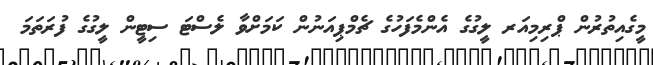
މީގެއިތުރުން ޕްރިމިއަރ ލީގުގެ އެންމެފަހުގެ ޗެމްޕިއަނުން ކަމަށްވާ ލެސްޓަ ސިޓީން ލީގުގެ ފުރަތަމަ